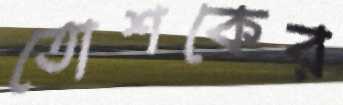
তোশকের